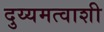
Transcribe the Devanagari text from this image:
दुय्यमत्वाशी